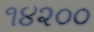
૧૪૨૦૦